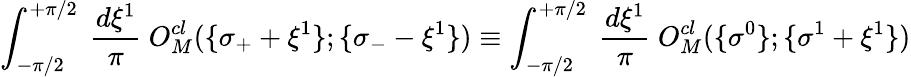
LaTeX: \int_{-\pi/2}^{+\pi/2}~\frac{d\xi^{1}}{\pi}~O_{M}^{cl}(\{ \sigma_{+}+\xi^{1}\} ;\{ \sigma_{-}-\xi^{1}\} )\equiv\int_{-\pi/2}^{+\pi/2}~\frac{d\xi^{1}}{\pi}~O_{M}^{cl}(\{ \sigma^{0}\} ;\{ \sigma^{1}+\xi^{1}\} )